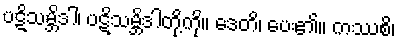
ပဋိသမ္ဘိဒါ၊ ပဋိသမ္ဘိဒါတို့ကို။ ဒေတိ၊ ပေး၏။ ကဿစိ၊